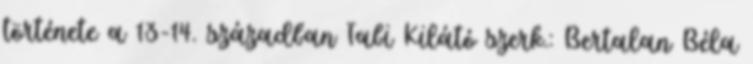
története a 13-14. században Tabi Kilátó szerk.: Bertalan Béla